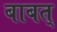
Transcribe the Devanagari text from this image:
बाबत्